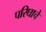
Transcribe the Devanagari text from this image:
परिघाचे